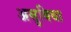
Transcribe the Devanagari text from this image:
असुबिधा